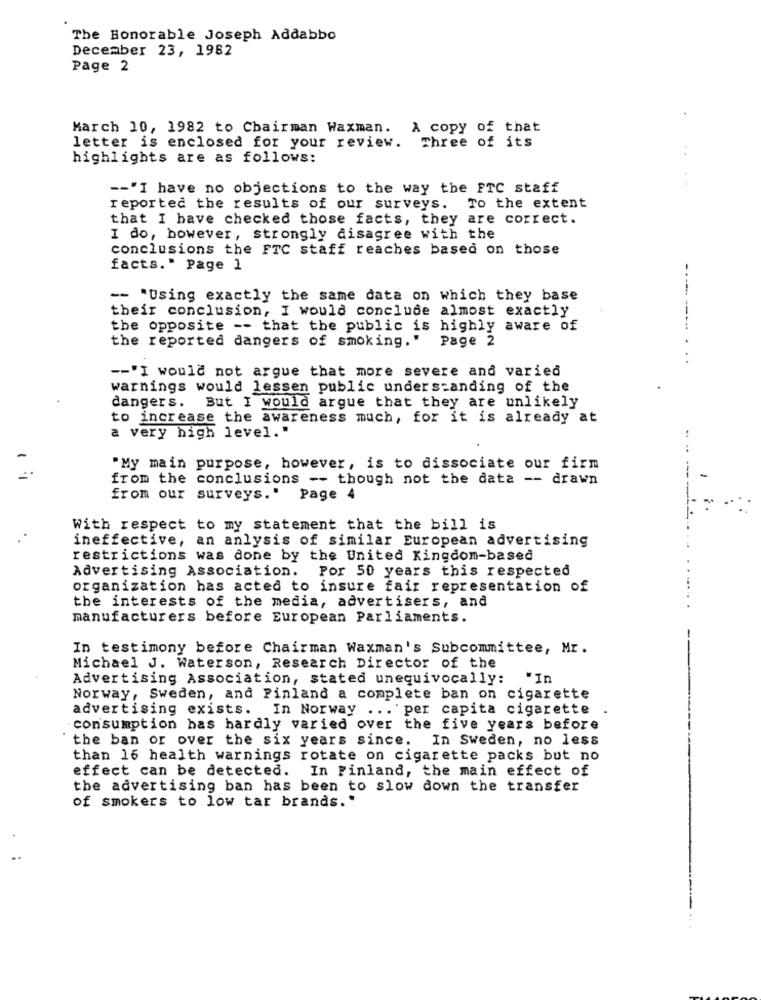
The Honorable Joseph Addabbo
December 23, 1982
Page 2
March 10, 1982 to Chairman Waxman. A copy of that
letter is enclosed for your review. Three of its
highlights are as follows:
-- "I have no objections to the way the FTC staff
reported the results of our surveys. To the extent
that I have checked those facts, they are correct.
I do, however, strongly disagree with the
conclusions the FTC staff reaches based on those
facts." Page 1
-- "Using exactly the same data on which they base
their conclusion, I would conclude almost exactly
the opposite -- that the public is highly aware of
--------
the reported dangers of smoking."
Page 2
-- "I would not argue that more severe and varied
warnings would lessen public understanding of the
dangers. But I would argue that they are unlikely
to increase the awareness much, for it is already at
a very high level."
"My main purpose, however, is to dissociate our firm
from the conclusions -- though not the data -- drawn
from our surveys." Page 4
With respect to my statement that the bill is
ineffective, an anlysis of similar European advertising
restrictions was done by the United Kingdom-based
Advertising Association. Por 50 years this respected
organization has acted to insure fair representation of
the interests of the media, advertisers, and
manufacturers before European Parliaments.
In testimony before Chairman Waxman's Subcommittee, Mr.
Michael J. Waterson, Research Director of the
Advertising Association, stated unequivocally:
"In
Norway, Sweden, and Finland a complete ban on cigarette
advertising exists.
In Norway ... per capita cigarette
consumption bas hardly varied over the five years before
the ban or over the six years since. In Sweden, no less
than 16 health warnings rotate on cigarette packs but no
effect can be detected. In Finland, the main effect of
the advertising ban has been to slow down the transfer
of smokers to low tar brands."